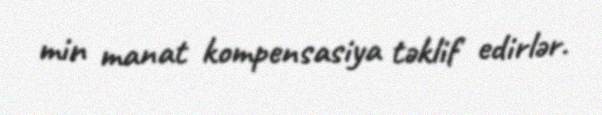
min manat kompensasiya təklif edirlər.